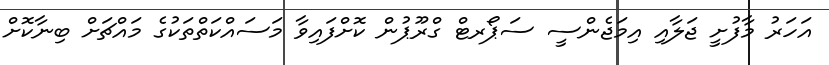
އަހަރު މާފުށީ ޖަލާއި އިމަޖެންސީ ސަޕޯރޓް ގްރޫޕުން ކޮށްފައިވާ މަސައްކަތްތަކުގެ މައްޗަށް ބިނާކޮށް